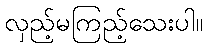
လှည့်မကြည့်သေးပါ။